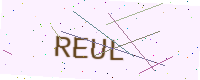
Text: REUL